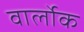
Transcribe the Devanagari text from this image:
वार्लोक